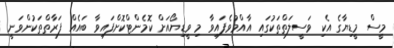
މީސް މީޑިޔާގެ އެކި ވަސީލަތްތަކުގައި އާއްމުވެފައިވާ މި ވީޑިޔޯއަށް ކޮމެންޓްކޮށްފައިވާ ބައެއް ފަރާތްތަކުންވަނީ